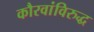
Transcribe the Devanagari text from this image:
कौरवांविरुद्ध